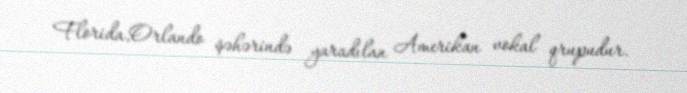
Florida,Orlando şəhərində yaradılan Amerikan vokal qrupudur.